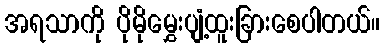
အရသာကို ပိုမိုမွှေးပျံ့ထူးခြားစေပါတယ်။